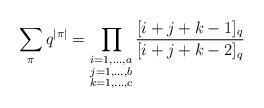
LaTeX: \begin{align*} \sum_{\pi} q^{|\pi|}=\prod_{\substack{i=1,\ldots,a \\ j=1,\ldots,b \\ k=1,\ldots,c }} \frac{[i+j+k-1]_q}{[i+j+k-2]_q}\end{align*}